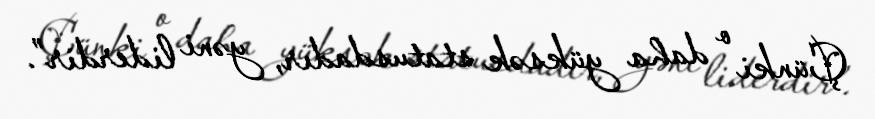
Çünki o daha yüksək statusdadır, yəni liderdir”.